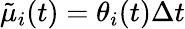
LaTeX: \tilde{\mu}_{i}(t)=\theta_{i}(t)\Delta t